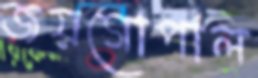
জয়গোপাল